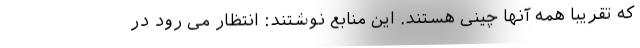
که تقریبا همه آنها چینی هستند. این منابع نوشتند: انتظار می رود در